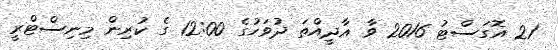
21 އޮގަސްޓު 2016 ވާ އާދީއްތަ ދުވަހުގެ 12:00 ގެ ކުރިން މިނިސްޓްރީ